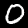
Label: 0